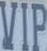
VIP